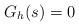
LaTeX: \begin{align*}G_{h}(s)=0\end{align*}